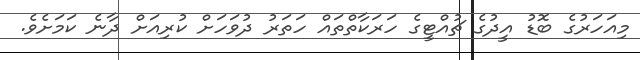
މިއަހަރުގެ ބޮޑު އީދުގެ ޗުއްޓީގެ ހަރަކާތްތައް ހަތަރު ދުވަހަށް ކުރިއަށް ދާނެ ކަމަށެވެ.